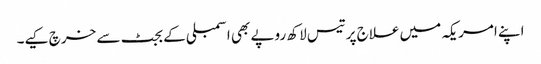
اپنے امریکہ میں علاج پر تیس لاکھ روپے بھی اسمبلی کے بجٹ سے خرچ کیے۔